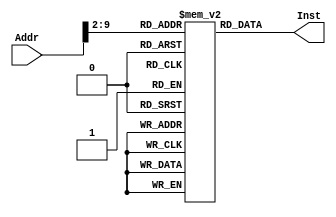
module CodeRam(
    input [31:0] Addr, output [31:0] Inst
    );
    
    reg [31:0] mem [0:255];
    reg [7:0] tempaddr;
    reg [31:0] Inst;
    
    initial begin
        mem[0]=32'h00421821;//
        mem[1]=32'h00621822;//
        mem[2]=32'h00851820;//
        mem[3]=32'h00831824;//
        mem[4]=32'h00641020;//
        mem[5]=32'h08000007;//
        mem[6]=32'h00851825;//
        mem[7]=32'hac832710;//
        mem[8]=32'h8c842710;//
        mem[9]=32'h1063fff7;//
    end
    
    always@(*) begin
        tempaddr[7:0]=Addr[9:2];
        Inst[31:0]=mem[tempaddr];
    end

endmodule